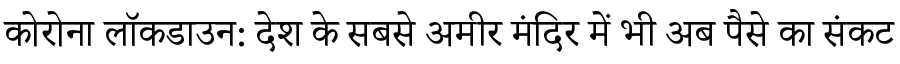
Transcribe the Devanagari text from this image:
कोरोना लॉकडाउन: देश के सबसे अमीर मंदिर में भी अब पैसे का संकट